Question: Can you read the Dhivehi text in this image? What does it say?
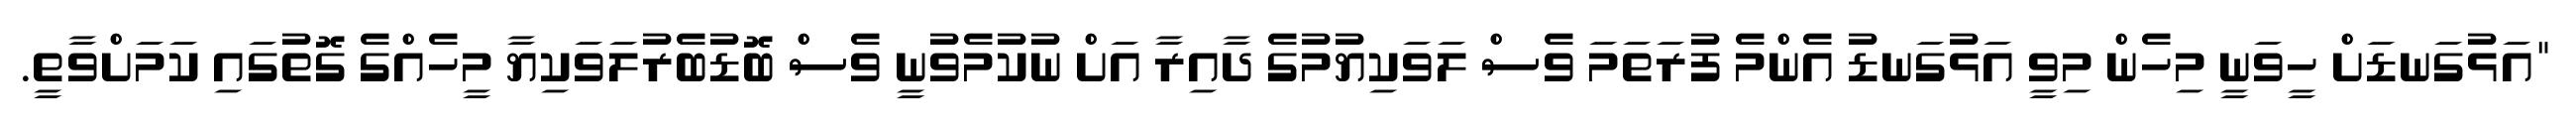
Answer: "އަޅުގަނޑަށް ހީވަނީ މިހެން މިވީ އަޅުގަނޑު އެންމެ ފުރަތަމަ ވެސް ލަވަކިޔުމުގެ ދާއިރާ އަށް ނުކުމެވުނީ ވެސް ބޮޑުބެރުލަވަކިޔާ މީހެއްގެ ގޮތުގައި ކަމަށްވާތީ.